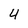
Character: 4